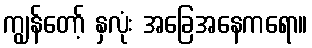
ကျွန်တော့် နှလုံး အခြေအနေကရော။